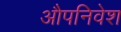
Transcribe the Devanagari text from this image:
औपनिवेश